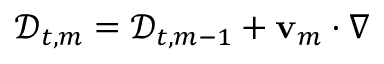
\mathscr { D } _ { t , m } = \mathscr { D } _ { t , m - 1 } + \ensuremath { \mathbf { v } } _ { m } \cdot \nabla